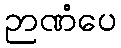
ဉာဏံပေ